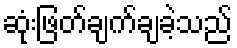
ဆုံးဖြတ်ချက်ချခဲ့သည်